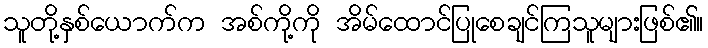
သူတို့နှစ်ယောက်က အစ်ကို့ကို အိမ်ထောင်ပြုစေချင်ကြသူများဖြစ်၏။